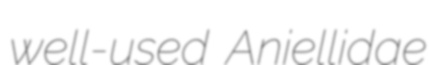
well-used Aniellidae